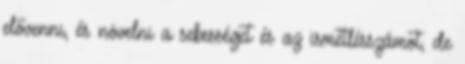
elővenni, és növelni a sebességet és az ismétlésszámot, de